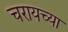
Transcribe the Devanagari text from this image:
चरायच्या